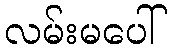
လမ်းမပေါ်